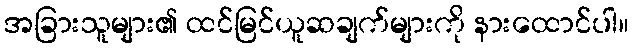
အခြားသူများ၏ ထင်မြင်ယူဆချက်များကို နားထောင်ပါ။